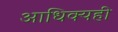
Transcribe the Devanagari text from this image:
आधिक्यही